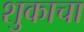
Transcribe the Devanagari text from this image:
शुकाचा